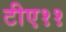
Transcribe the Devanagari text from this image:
टीए११